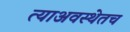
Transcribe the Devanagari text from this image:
त्याअवस्थेतच